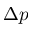
\Delta p